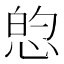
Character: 𱞡